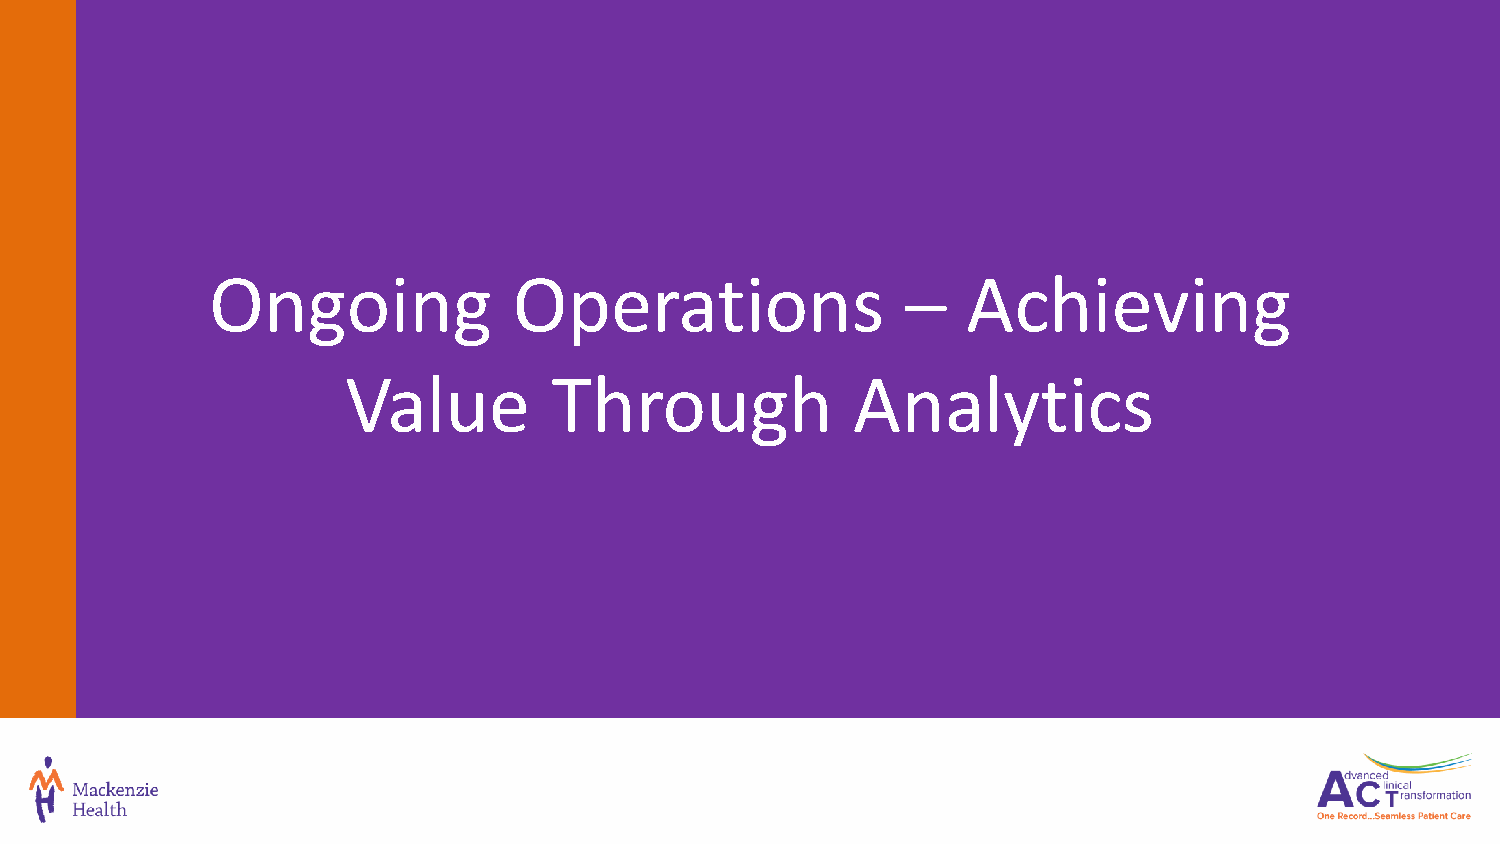
Ongoing             Operations                –   Achieving
 Value         Through            Analytics